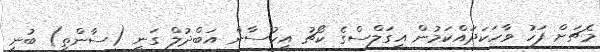
މެޗަށް ފަހު ވާހަކަދައްކަމުން އީގަލްސްގެ ކޯޗު އިހުސާން އަބްދުލް ގަނީ (ސާންތީ) ބުނީ